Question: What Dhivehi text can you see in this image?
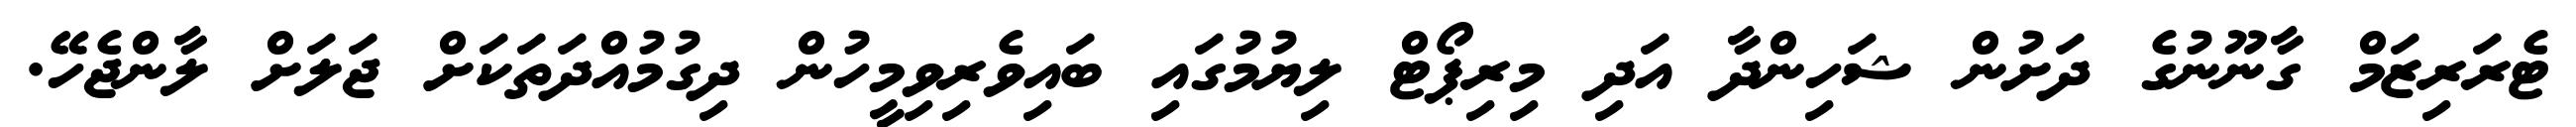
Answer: ޓެރަރިޒަމް ގާނޫނުގެ ދަށުން ޝަހިންދާ އަދި މިރިޕޯޓް ލިޔުމުގައި ބައިވެރިވިމީހުން ދިގުމުއްދަތަކަށް ޖަލަށް ލާންޖެހޭ.